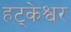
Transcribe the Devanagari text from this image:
हट्केश्वर